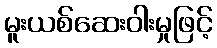
မူးယစ်ဆေးဝါးမှုဖြင့်